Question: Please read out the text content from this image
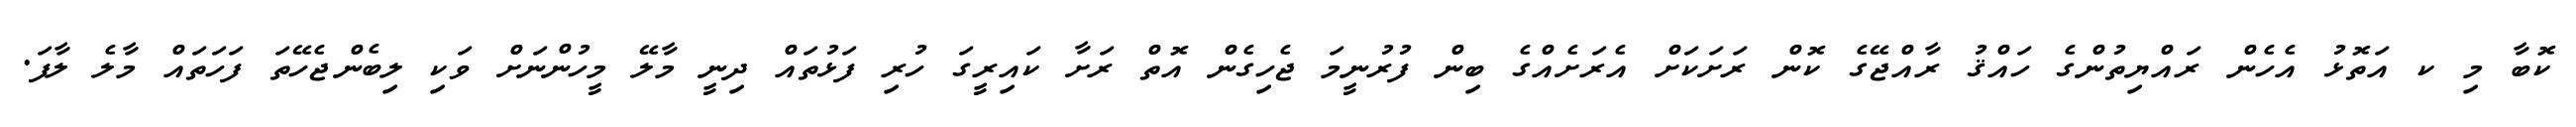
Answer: ކޮބާ މި ކ އަތޮޅު އެހެން ރައްޔިތުންގެ ހައްޤު ރާއްޖޭގެ ކޮން ރަށަކަށް އެރަށެއްގެ ބިން ފުރުނީމަ ޖެހިގެން އޮތް ރަށާ ކައިރީގަ ހުރި ފަޅުތައް ދިނީ މާލޭ މީހުންނަށް ވަކި ލިބެންޖެހޭތަ ފަހަތައް މާލެ ލާފަ.